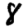
Digit: 8